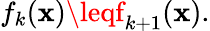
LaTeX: f_{k}(\mathbf{x})\leqf_{k+1}(\mathbf{x}).